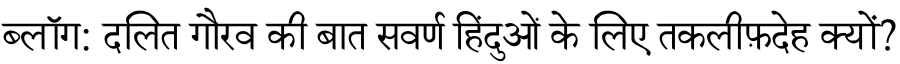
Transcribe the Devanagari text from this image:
ब्लॉग: दलित गौरव की बात सवर्ण हिंदुओं के लिए तकलीफ़देह क्यों?